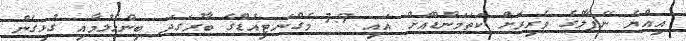
އިއްޔެ ނޭޕާލްގެ ވެރިރަށް ކަތަމަންޑޫއަށް އައި 7.9 މެގްނަޓިއުޑްގެ ބާރުގަދަ ބިންހެލުމާއި ގުޅިގެން